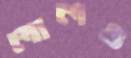
লালও